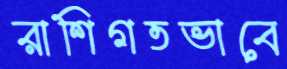
রাশিগতভাবে